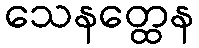
သေနတ္ထေန